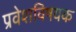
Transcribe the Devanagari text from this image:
प्रवेशविषयक